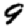
Digit: 9